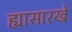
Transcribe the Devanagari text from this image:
ह्यासारखे